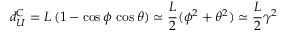
d _ { U } ^ { C } = L \, ( 1 - \cos \phi \, \cos \theta ) \simeq \frac { L } { 2 } ( \phi ^ { 2 } + \theta ^ { 2 } ) \simeq \frac { L } { 2 } \gamma ^ { 2 }